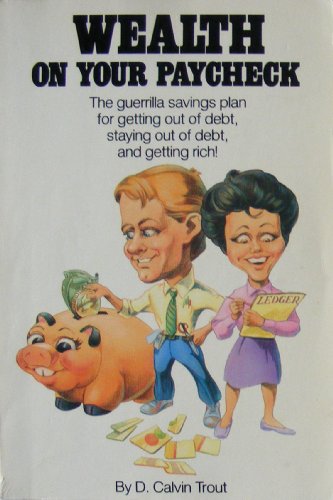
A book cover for Wealth on Your Paycheck; Calvin D. Trout; Business & Money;